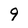
Character: 9